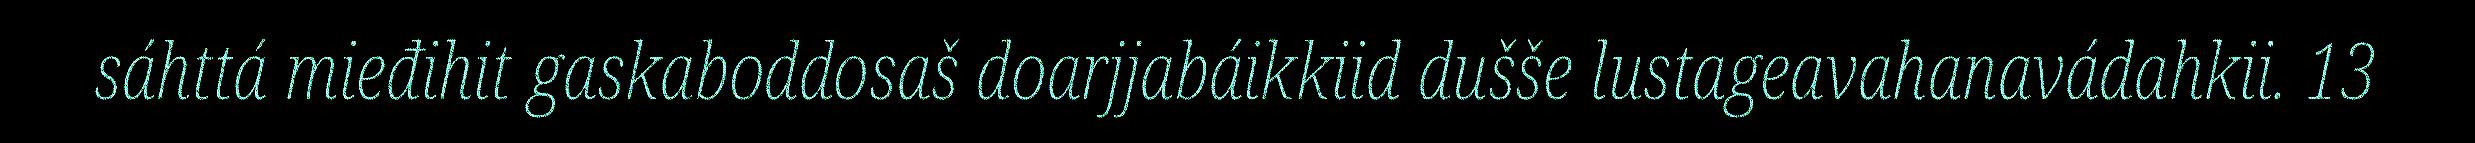
sáhttá mieđihit gaskaboddosaš doarjjabáikkiid dušše lustageavahanavádahkii. 13